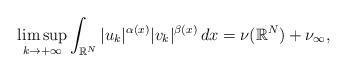
LaTeX: \begin{align*} \limsup_{k\to+\infty}\int_{\mathbb{R}^{N}} |u_{k}|^{\alpha(x)}|v_{k}|^{\beta(x)}\,dx= \nu(\mathbb{R}^{N})+ \nu_{\infty}, \end{align*}